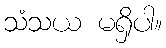
သံသယ မရှိပါ။